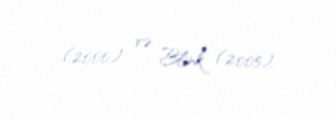
(2000) və Blink (2005).